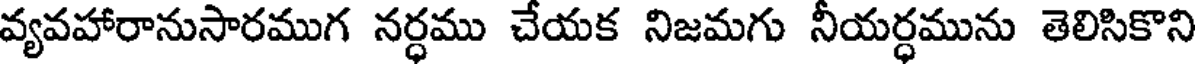
వ్యవహారానుసారముగ నర్ధము చేయక నిజమగు నీయర్ధమును తెలిసికొని